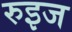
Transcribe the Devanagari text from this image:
रुइज